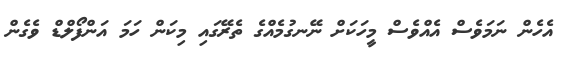
އެހެން ނަމަވެސް އެއްވެސް މީހަކަށް ނޭނގުމެއްގެ ތެރޭގައި މިކަން ހަމަ އަންފޯލްޑް ވެގެން